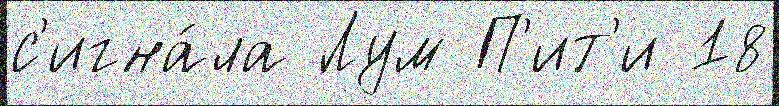
с'игна́ла Лум П'ит'и 18